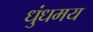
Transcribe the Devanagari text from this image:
धुंधमय